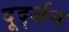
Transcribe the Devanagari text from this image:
दूर्द्शन